Suggestions for procedure with regard to school attendance under the Education (Scotland) Act, 1936, sections 1 to 3 and 5, 1936
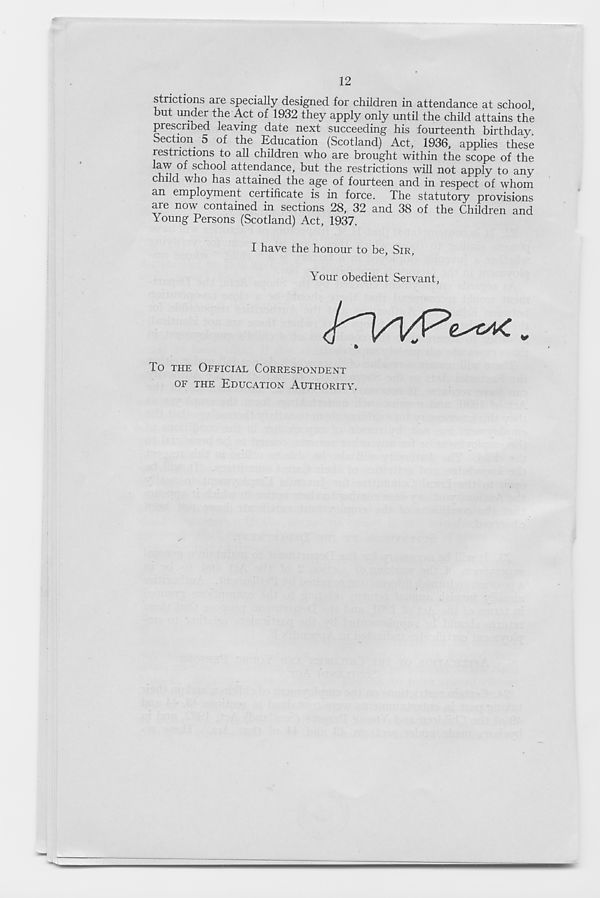
12
strictions are specially designed for children in attendance at school
but under the Act of 1932 they apply only until the child attains the
prescribed leaving date next succeeding his fourteenth birthday.
Section 5 of the Education (Scotland) Act, 1936, applies these
restrictions to all children who are brought within the scope of the
law of school attendance, but the restrictions will not apply to any
child who has attained the age of fourteen and in respect of whom
an employment certificate is in force. The statutory provisions
are now contained in sections 28, 32 and 38 of the Children and
Young Persons (Scotland) Act, 1937.
I have the honour to be, SIR,
Your obedient Servant,
To THE OFFICIAL CORRESPONDENT
OF THE EDUCATION AUTHORITY.